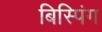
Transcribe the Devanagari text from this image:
बिस्पिंग